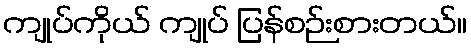
ကျုပ်ကိုယ် ကျုပ် ပြန်စဉ်းစားတယ်။